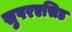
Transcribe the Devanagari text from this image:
सुपरएसिड